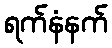
ရက်နံနက်